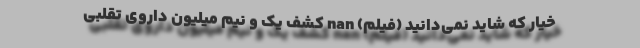
خیار که شاید نمی‌دانید (فیلم) nan کشف یک و نیم میلیون داروی تقلبی